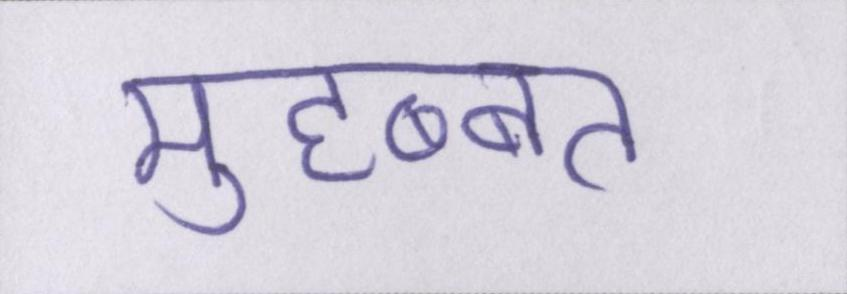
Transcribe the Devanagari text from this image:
मुहब्बत